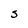
Character: S